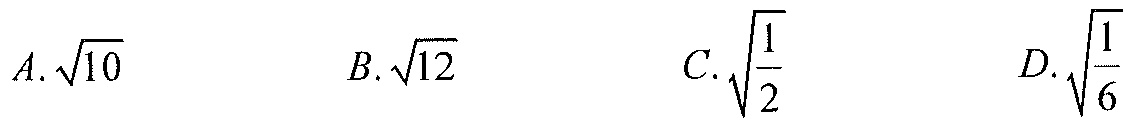
$A.\sqrt{10}\qquad B.\sqrt{12}\qquad C.\sqrt{\frac{1}{2}}\qquad D.\sqrt{\frac{1}{6}}$